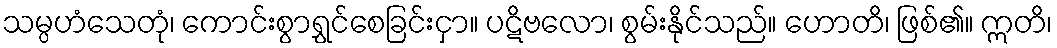
သမ္ပဟံသေတုံ၊ ကောင်းစွာရွှင်စေခြင်းငှာ။ ပဋိဗလော၊ စွမ်းနိုင်သည်။ ဟောတိ၊ ဖြစ်၏။ ဣတိ၊